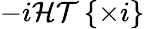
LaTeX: -i\mathcal{HT}\left\{ \times i\right\}